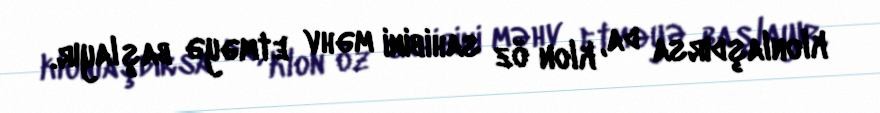
klonlaşdırsa da, klon öz sahibini məhv etməyə başlayır.